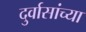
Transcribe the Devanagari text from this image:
दुर्वासांच्या